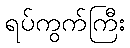
ရပ်ကွက်ကြီး